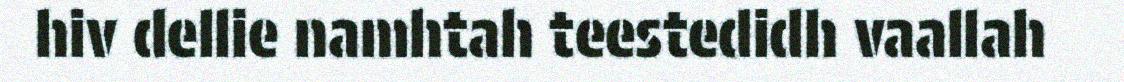
hiv dellie namhtah teestedidh vaallah